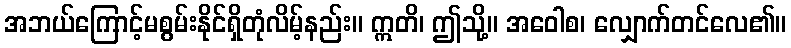
အဘယ်ကြောင့်မစွမ်းနိုင်ရှိတုံလိမ့်နည်း။ ဣတိ၊ ဤသို့။ အဝေါစ၊ လျှောက်တင်လေ၏။